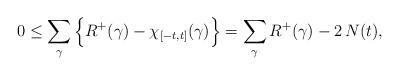
LaTeX: \begin{align*} 0 \le \sum_\gamma \Big\{ R^+(\gamma) - \chi_{[-t,t]}(\gamma) \Big\} = \sum_\gamma R^+(\gamma) - 2 \, N(t),\end{align*}